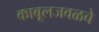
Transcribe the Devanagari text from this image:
काबूलजवळचे